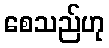
စေသည်ဟု